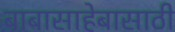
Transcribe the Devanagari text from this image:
बाबासाहेबासाठी